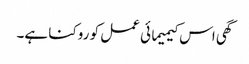
گھی اس کیمیمائی عمل کو روکنا ہے۔